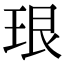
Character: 珢